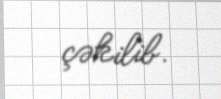
çəkilib.